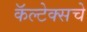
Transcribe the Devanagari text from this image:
कॅल्टेक्सचे